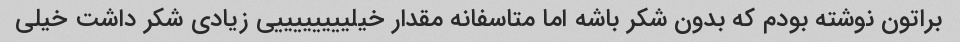
براتون نوشته بودم که بدون شکر باشه اما متاسفانه مقدار خیلییییییییی زیادی شکر داشت خیلی